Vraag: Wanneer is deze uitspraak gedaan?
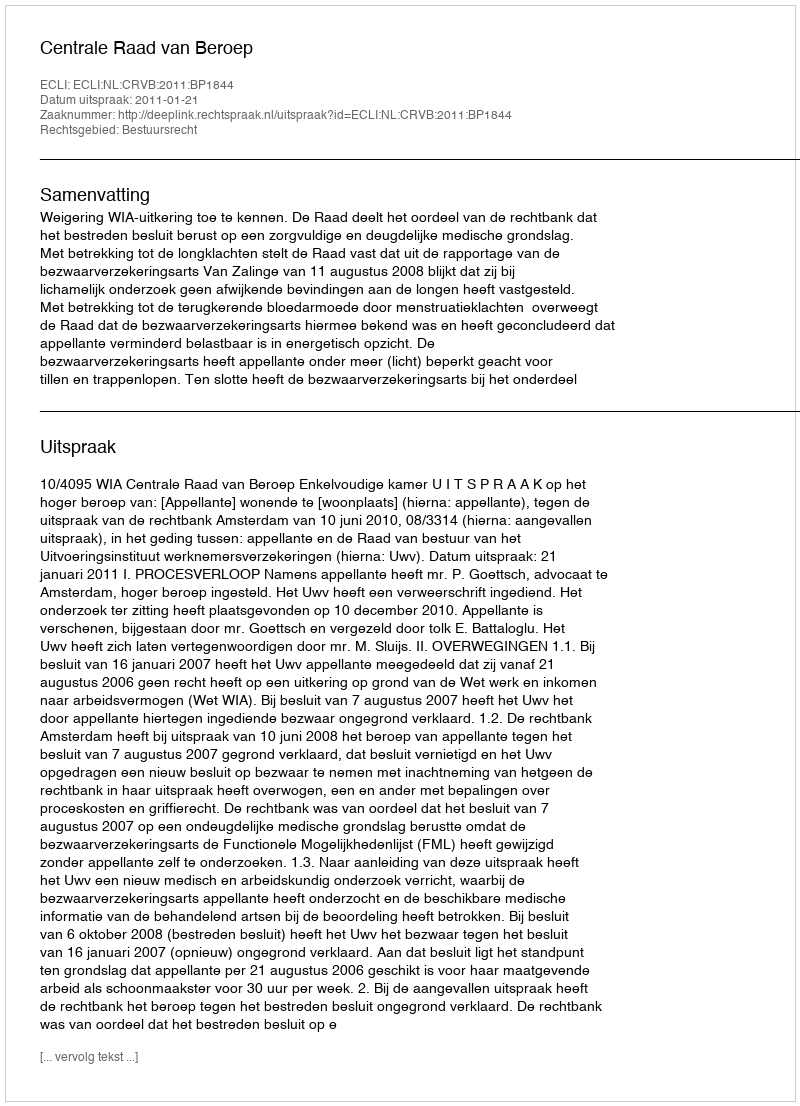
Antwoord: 2011-01-21